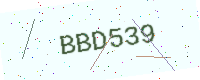
Text: BBD539